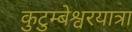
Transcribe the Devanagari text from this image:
कुटुम्बेश्वरयात्रा